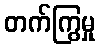
တက်ကြွမှု